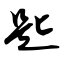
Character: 匙